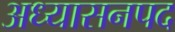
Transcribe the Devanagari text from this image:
अध्यासनपद